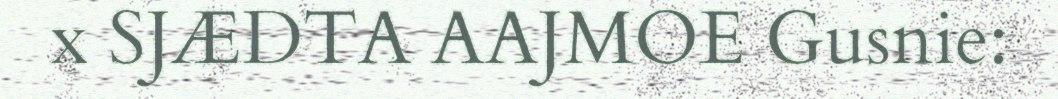
x SJÆDTA AAJMOE Gusnie: